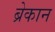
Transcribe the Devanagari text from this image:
ब्रेकान